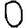
Digit: 0